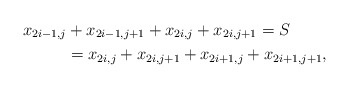
\begin{align*}x_{2i-1,j} &+ x_{2i-1,j+1} + x_{2i,j} + x_{2i,j+1} = S \\ &= x_{2i,j} + x_{2i,j+1} + x_{2i+1,j} + x_{2i+1,j+1},\end{align*}